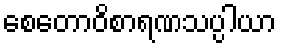
စေတောဝိစာရဏသပ္ပါယာ